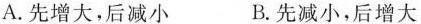
A.先增大，后减小 B.先减小，后增大